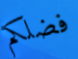
فضلكم